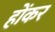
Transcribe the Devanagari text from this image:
होंकर